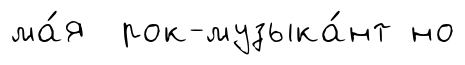
ма́я рок-музыка́нт но